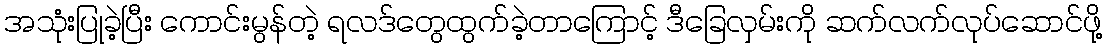
အသုံးပြုခဲ့ပြီး ကောင်းမွန်တဲ့ ရလဒ်တွေထွက်ခဲ့တာကြောင့် ဒီခြေလှမ်းကို ဆက်လက်လုပ်ဆောင်ဖို့